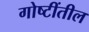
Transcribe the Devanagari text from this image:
गोष्टींतील